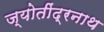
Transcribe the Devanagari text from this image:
ज्योतींद्रनाथ